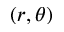
( r , \theta )